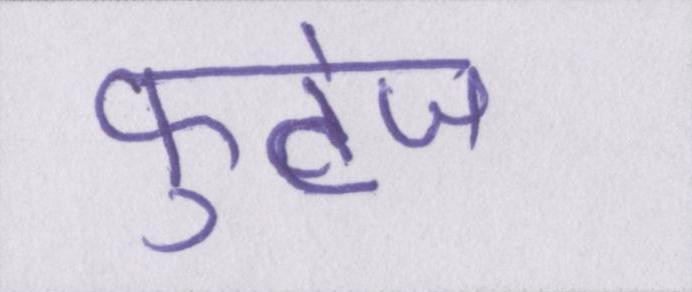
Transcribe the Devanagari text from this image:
फुटेज